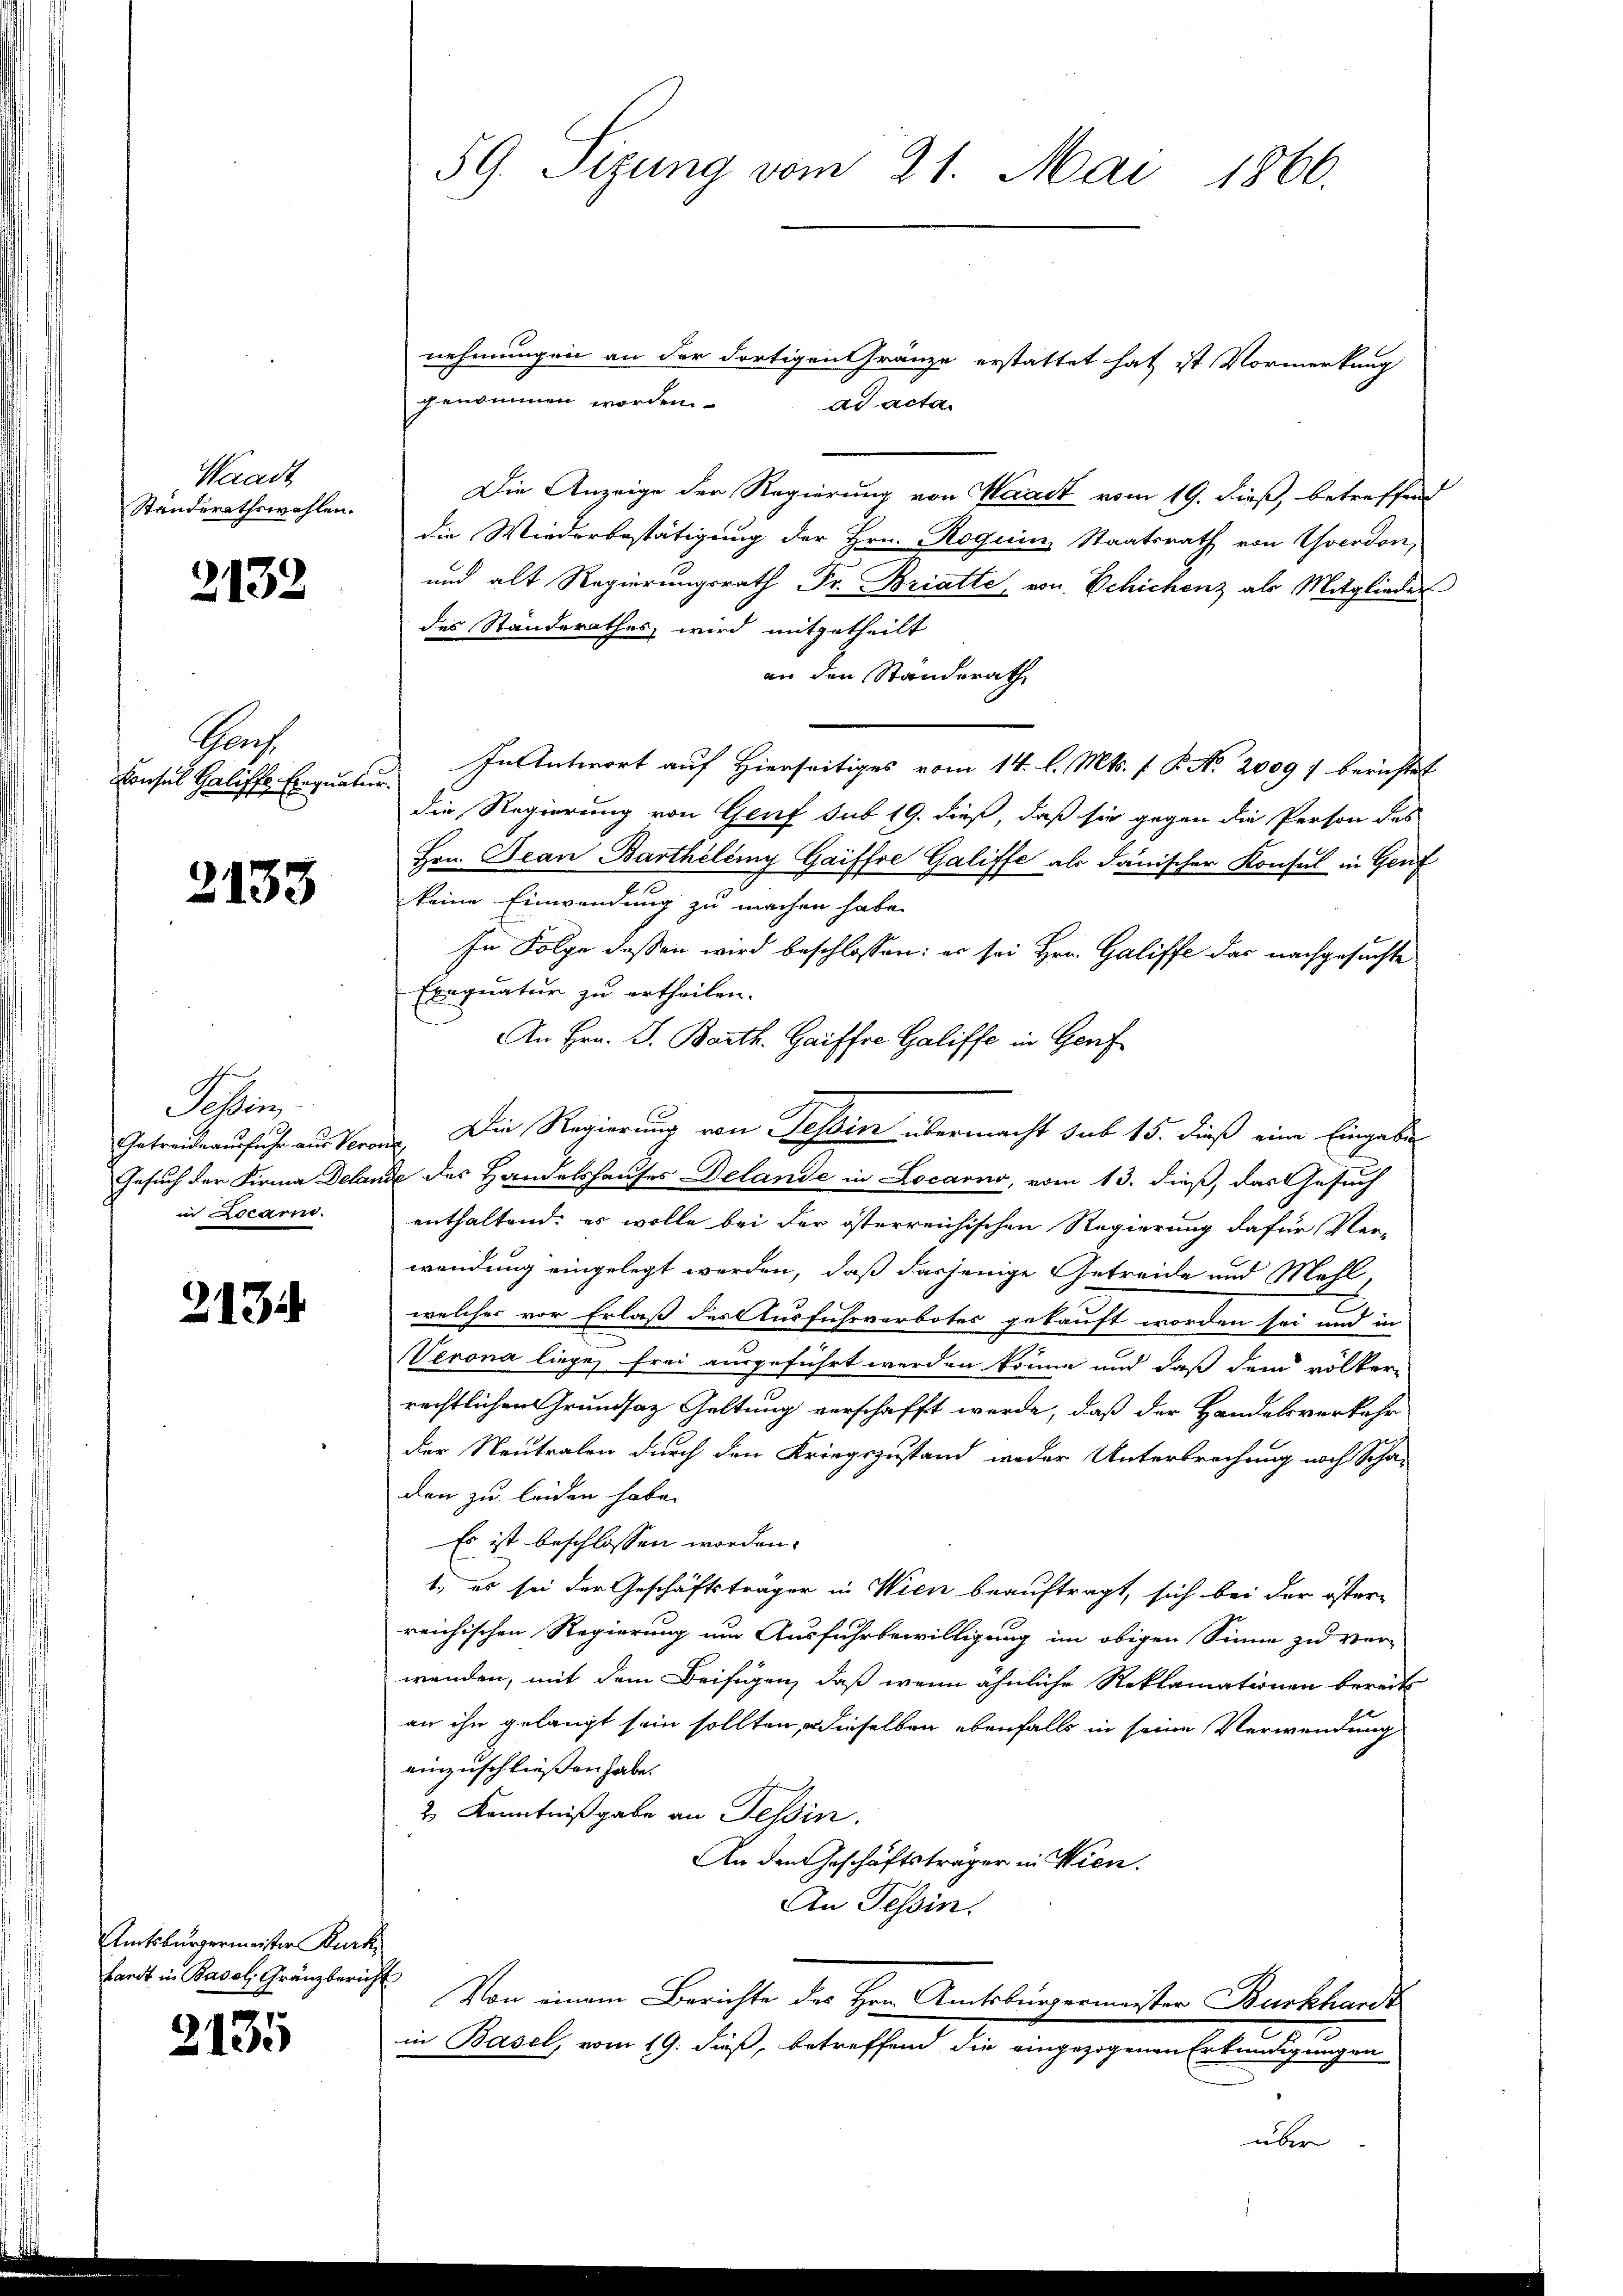
Waadt,
Standerathswahlen.

2132

Sach
Consul Halische Einquatur.

2133

Sichen
in Ricario.

2134

Amtsbürgermeister Burk
hardt in Basel, Gränzbericht

2135

nehmungen an der dortigen ränze erstattet hat ist Vormerkung
genommen worden.
ad acta.
Die Anzeige der Regierung von Waadt vom 19. dieß, betreffend
die Wiederbestätigung der Hrn. Roguin Staatsrath von Yverdon,
und alt Regierungsrath Fr. Briatte, von Schichenz als Mitglieder
des Standerathes wird mitgetheilt
an den Standerath
In Antwort auf Hierseitiges vom 14. l. Mts. f. P. Nr. 2009 f berichtet
die Regierung von Genf sub 19. dieß, daß sie gegen die Person des
Hrn. Jean Barthelémy Gaiffre Galiffe als danischer Konsul in Genf
keine Einwendung zu machen habe.
In Folge dessen wird beschlossen: es sei Hrn. Galiffe das nachgesuchte
Exequatur zu ertheilen.
An Hrn. S. Barth. Gaiffre Galiffe in Genf
Getreitausfuhr aus Verone. Die Regierung von Tessin übermacht sub 15. dieß eine Eingabe
Gesuch der Firma Delande des Handelshauses Delande in Locarno, vom 13. dieß, das Gesuch
enthaltend: es wolle bei der österreichischen Regierung dafür Ver-
wendung eingelegt werden, daß dasjenige Getreide und Mehl,
welches vor Erlaß des Ausfuhrverbotes gekauft worden sei und in
Verona liege, frei ausgeführt werden könne und daß dem völker-
rechtlichen Grundsaz Geltung verschafft werde, daß der Handelsverkehr
der Neutralen durch den Kriegszustand weder Unterbrechung noch Scha-
den zu leiden habe.
Es ist beschlossen worden.
1., es sei der Geschäftsträger in Wien beauftragt, sich bei der öster-
reichischen Regierung um Ausfuhrbewilligung im obigen Sinne zu ver-
wenden, mit dem Beifügen, daß wenn ähnliche Reklamationen bereits
an ihn gelangt sein sollten, – dieselben ebenfalls in seine Verwendung
einzuschließen habe.
2 Kenntnißgabe an Tessin.
An den Geschäftsträger in Wien.
An Tessin.
Von einem Berichte des Herr Amtsbürgermeister Burkhardt
in Basel, vom 19. dieß, betreffend der angezogenen Erledigungen
über

59. Sizung vom 21. Mai 1866.